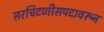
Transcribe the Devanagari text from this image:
सरचिटणीसपदावरून